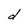
Character: d